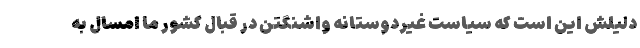
دلیلش این است که سیاست غیردوستانه واشنگتن در قبال کشور ما امسال به